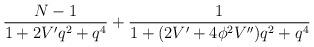
LaTeX: \begin{align*}\frac{N-1}{1+2 V' q^2 +q^4} + \frac{1}{1+(2V' + 4 \phi^2 V'') q^2 +q^4}\end{align*}